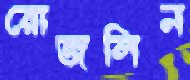
রোজলিন